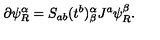
\partial \psi _ { R } ^ { \alpha } = S _ { a b } ( t ^ { b } ) _ { \beta } ^ { \alpha } J ^ { a } \psi _ { R } ^ { \beta } .